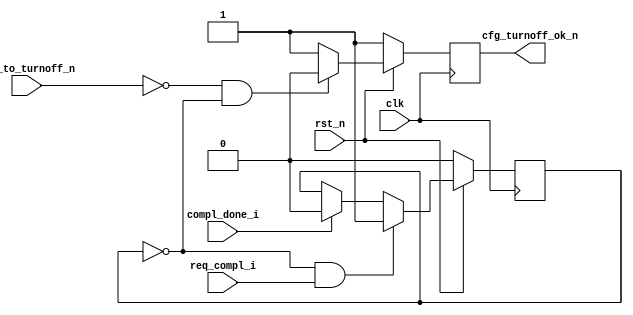
module BMD_TO_CTRL    (
                        clk,
                        rst_n,
                        req_compl_i,    
                        compl_done_i,  
                        cfg_to_turnoff_n,
                        cfg_turnoff_ok_n
                        );
    input               clk;
    input               rst_n;
    input               req_compl_i;
    input               compl_done_i;
    input               cfg_to_turnoff_n;
    output              cfg_turnoff_ok_n;
    reg                 trn_pending;
    reg                 cfg_turnoff_ok_n;
    always @ ( posedge clk ) begin
      if (!rst_n ) begin
        trn_pending <= 0;
      end else begin 
        if (!trn_pending && req_compl_i)
          trn_pending <= 1'b1;
        else if (compl_done_i)
          trn_pending <= 1'b0;
      end
    end
    always @ ( posedge clk ) begin
      if (!rst_n ) begin
        cfg_turnoff_ok_n <= 1'b1;
      end else begin
        if ( !cfg_to_turnoff_n  && !trn_pending ) 
          cfg_turnoff_ok_n <= 1'b0;
        else 
          cfg_turnoff_ok_n <= 1'b1;
      end
    end
endmodule